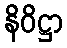
နိဝိဋ္ဌာ